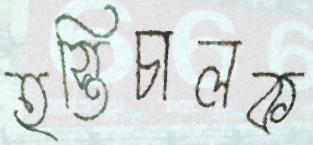
হস্তিচালক